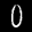
Label: 0